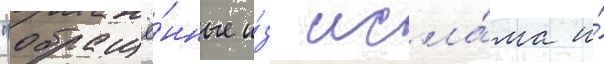
"обращё́нные и́з исла́ма и́